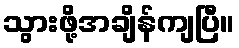
သွားဖို့အချိန်ကျပြီ။